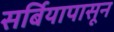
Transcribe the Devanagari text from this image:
सर्बियापासून